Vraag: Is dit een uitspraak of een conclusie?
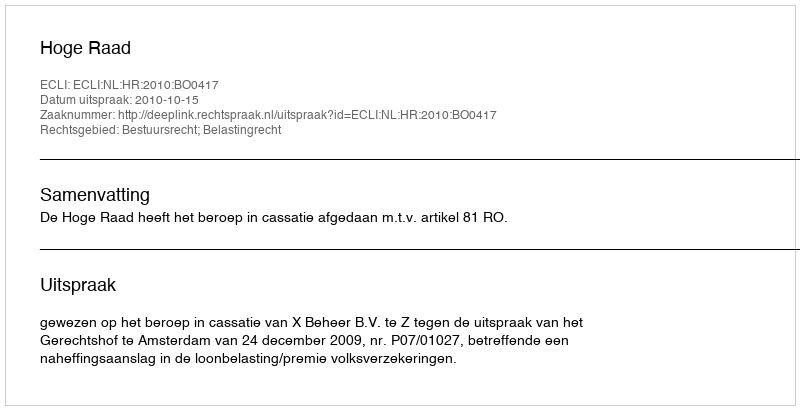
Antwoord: Uitspraak